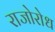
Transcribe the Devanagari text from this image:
राजोरोध